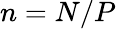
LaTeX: n=N/P